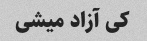
کی آزاد میشی